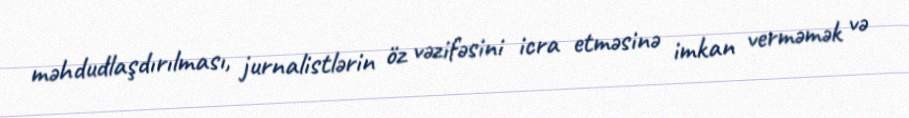
məhdudlaşdırılması, jurnalistlərin öz vəzifəsini icra etməsinə imkan verməmək və